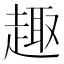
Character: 趣